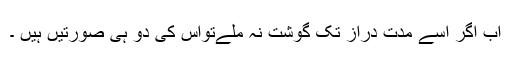
اب اگر اسے مدت دراز تک گوشت نہ ملےتواس کی دو ہی صورتیں ہیں ۔